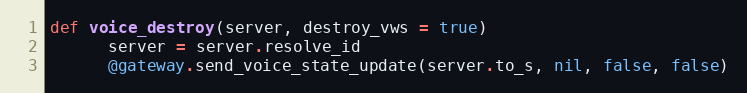
Language: Ruby
def voice_destroy(server, destroy_vws = true)
      server = server.resolve_id
      @gateway.send_voice_state_update(server.to_s, nil, false, false)